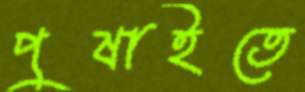
পুষাইতে